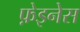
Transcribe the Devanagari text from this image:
फ़ेइनेस